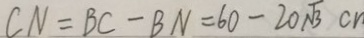
C N = B C - B N = 6 0 - 2 0 \sqrt { 3 } c n